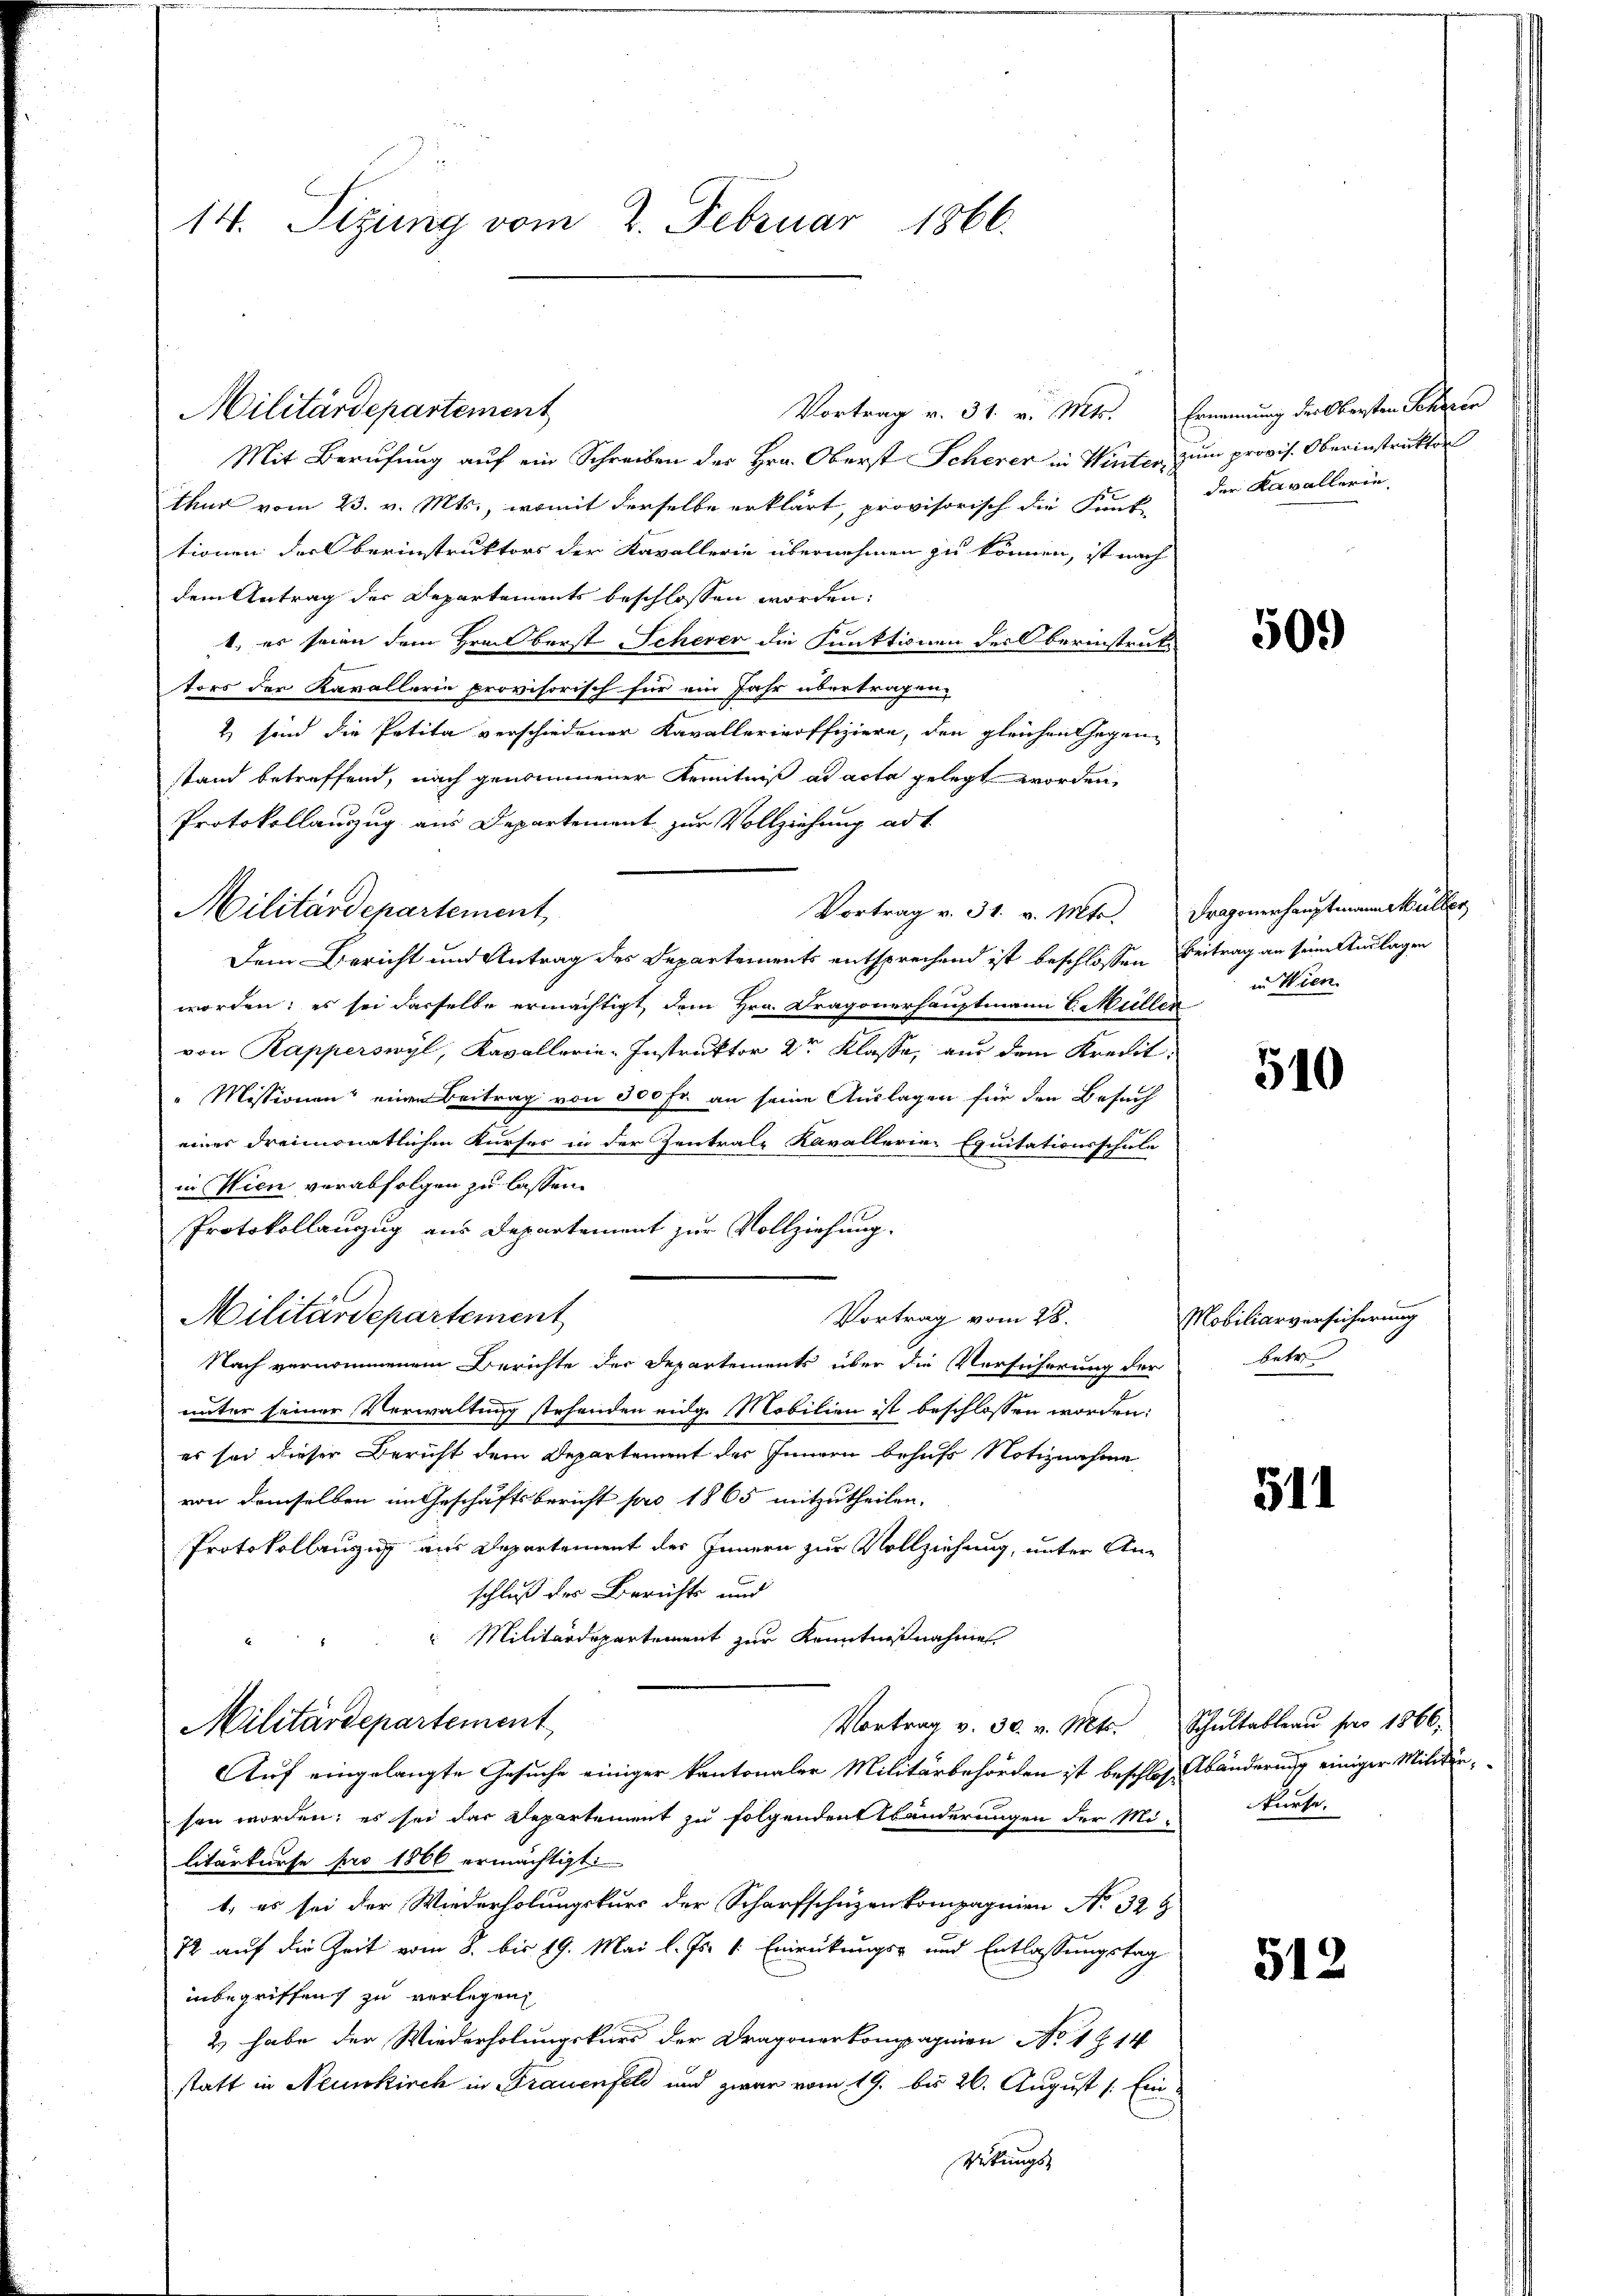
14. Sitzung vom 2. Februar 1866.

Vortrag v. 31. v. Mts. Ernennung des Obersten Schiren
Mit Berufung auf ein Schreiben des Hrn. Oberst Scherer in Winter, zum provis. Oberinstruktor
thur vom 23. v. Mts., womit derselbe erklärt, provisorisch die Funk-
tionen der berinstruktors der Kavallerie übernehmen zu können, ist nach
dem Antrag der Departements beschlossen worden:
s
1., es seien dem Hrnn berst Scherer die Funktionen der Oberinstruktors der Kavallerie provisorisch für ein Jahr übertragen,
) sind die Petita verschiedener Kavalleriroffiziere, den gleichen Gegen-
stand betreffend, nach genommener Kenntniß ad acta gelegt worden,
Protokollanzug aus Departement zur Vollziehung ad 1.
Dem Bericht und Antrag des Departements entsprechend ist beschlossen Beitrag an seine Anlagen
worden; es sei derselbe ermächtigt, dem Hrn. Dragonerhauptmann C. Müller
von Rapperswyl, Kavallerie-Instruktor 2r Klasse, aus dem Kredit
" Missionen einen Beitrag von 300 Fr. an seine Auslagen für den Besuch
eines dreimonatlichen Kurses in der Zentrale Kavallerie-Equitationsschule
in Wien verabfolgen zu lassen.
Protokollanzug aus Departement zur Vollziehung.
Militärdepartement
Vortrag vom 28.
Nach vernommenem Berichte der Departements über die Versicherung der
unter seiner Verwaltung stehenden eidg. Mobilien ist beschlossen worden:
es sei dieser Bericht dem Departement des Innern behufs Notiznahme
von demselben im Geschäftsbericht pro 1865 mitzutheilen.
Protokollanzug aus Departement des Innern zur Vollziehung, unter Anschluß der Berichts und
 Militärdepartement zur Kenntnißnahme
Militärdepartement
Vortrag v. 30. v. Mts. Schŭltableau pro 1866,
Auf eingelangte Gesuche einiger kantonaler Militärbehörden ist beschloß Abänderung einiger Militärsen worden; es sei das Departement zu folgendent änderungen der Mi-
litärkurse pro 1866 ermächtigt:
1. es sei der Wiederholungskurs der Scharfschuzen kompagnien No 32
72 auf die Zeit vom 8. bis 19. Mai l. Js. v. Einrückungs- und Entlassungstag
inbegriffen zu verlegen,
2 habe der Wiederholungskurs der Dragonerkompagnien No 1 § 14
statt in Neunkirch in Frauenfeld und zwar vom 19. bis 26. August /: Ein¬
Rikungs-

Militärdepartement

Militärdepartement

Vortrag v. 31. v. Mts. Dragonerhauptmann Müller

der Kavallerin

509

in Wien.

510

Mobiliarversicherung
Retr

511

kürte.

512